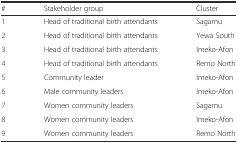
| # | Stakeholder group | Cluster |
 | --- | --- | --- |
 | 1 | Head of traditional birth attendants | Sagamu |
 | 2 | Head of traditional birth attendants | Yewa South |
 | 3 | Head of traditional birth attendants | Imeko-Afon |
 | 4 | Head of traditional birth attendants | Remo North |
 | 5 | Community leader | Imeko-Afon |
 | 6 | Male community leaders | Imeko-Afon |
 | 7 | Women community leaders | Sagamu |
 | 8 | Women community leaders | Imeko-Afon |
 | 9 | Women community leaders | Remo North |